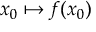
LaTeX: x _ { 0 } \mapsto f ( x _ { 0 } )